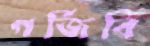
গর্জিবি